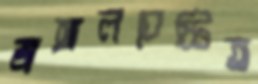
জঙ্গলবেষ্টিত